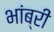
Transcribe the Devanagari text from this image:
भांब्री